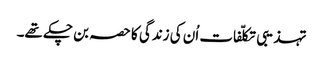
تہذیبی تکلّفات اُن کی زندگی کا حصہ بن چکے تھے۔